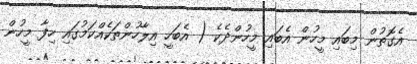
އެގޮތުން މިބައި މީހުން އެބައި މީހުންދެކެ ( އެބަހީ އިލާހުންތަކެއްކަމުގައި ހިފާ މީހުން